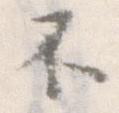
不